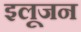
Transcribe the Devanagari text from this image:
इलूजन